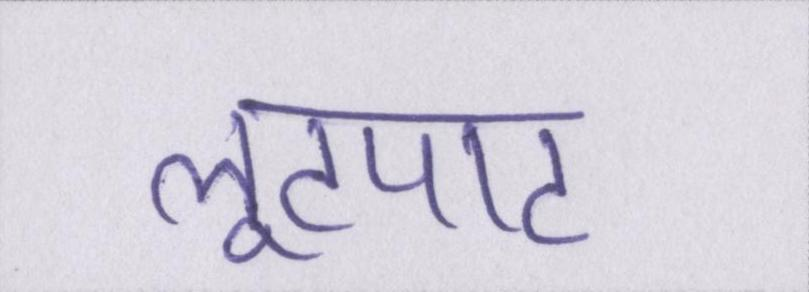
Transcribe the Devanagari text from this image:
लूटपाट